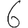
Digit: 6